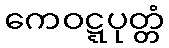
ကေဝဋ္ဋပုတ္တံ